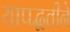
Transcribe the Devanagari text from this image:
यापद्धतीने